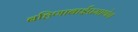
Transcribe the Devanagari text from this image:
बहिणाबाईप्रमाणेच